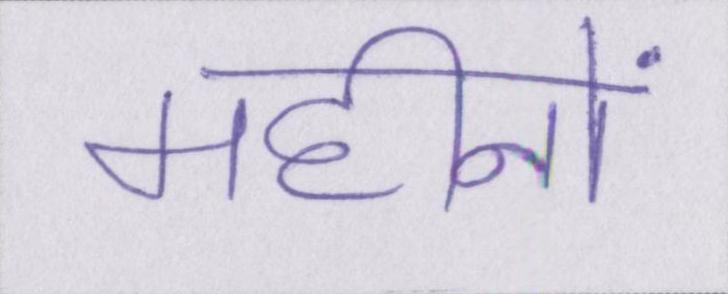
महीनों